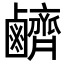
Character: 𪊆